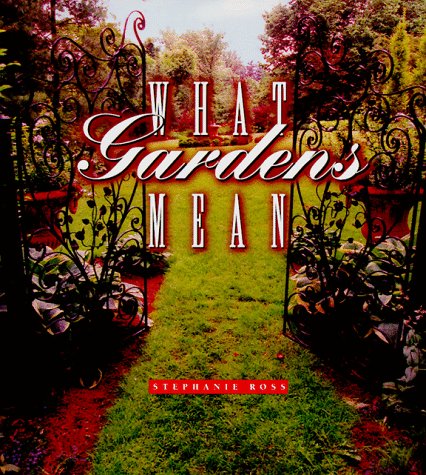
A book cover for What Gardens Mean; Stephanie Ross; Crafts, Hobbies & Home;